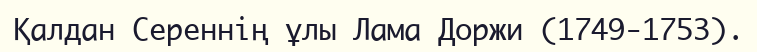
Қалдан Сереннің ұлы Лама Доржи (1749-1753).